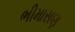
ભીમાસણ